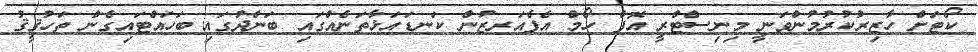
ކޯޓަށް ހާޒިރުކުރުމުންވަނީ މިނިސްޓްރީ އޮފް ހޯމް އެފެއަރޒުން ކަނޑައަޅާތަނެއްގައި ބަންދުގައި ބަހައްޓައިގެން ތަހުޤީޤު